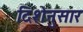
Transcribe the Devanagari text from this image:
दिशेनुसार